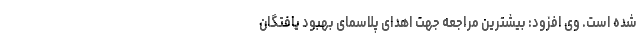
شده است. وی افزود: بیشترین مراجعه جهت اهدای پلاسمای بهبود یافتگان